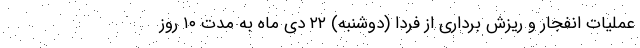
عملیات انفجار و ریزش برداری از فردا (دوشنبه) ۲۲ دی ماه به مدت ۱۰ روز